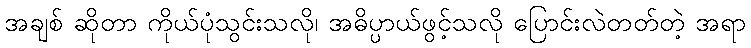
အချစ် ဆိုတာ ကိုယ်ပုံသွင်းသလို၊ အဓိပ္ပာယ်ဖွင့်သလို ပြောင်းလဲတတ်တဲ့ အရာ